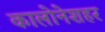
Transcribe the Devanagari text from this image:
कालोनेशहर